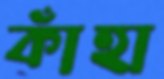
কাঁহা